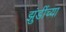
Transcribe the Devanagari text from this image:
झुंडींच्या